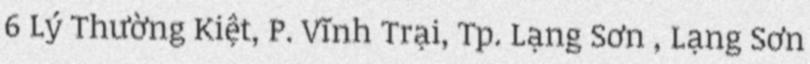
6 Lý Thường Kiệt, P. Vĩnh Trại, Tp. Lạng Sơn , Lạng Sơn